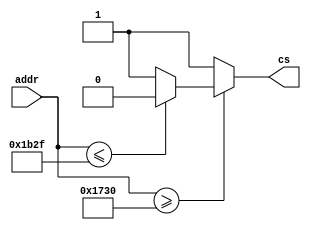
module ADDRDecoding(
	input [31:0] addr,
	// 0 = memoria interna, 1 = memoria externa
	output reg cs 
);
	reg [31:0] inferior, superior;
	
	always @ (*)
	begin
		
		inferior = 32'h1730; //grupo*350h
		superior = 32'h1b2f; //grupo*350h + 3FFh
		if(addr >= inferior) 
		begin
			if(addr <= superior)
			begin
				cs = 0; 
			end
			else cs = 1;
		end
		else cs = 1;	
	end 
endmodule